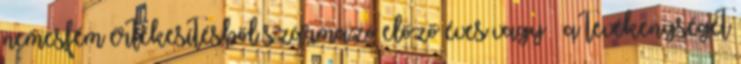
nemesfém értékesítésből származó előző éves vagy – a tevékenységét